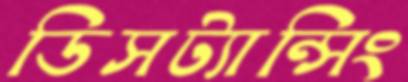
ডিসট্যান্সিং